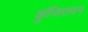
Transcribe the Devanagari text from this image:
कुंजिरामन्